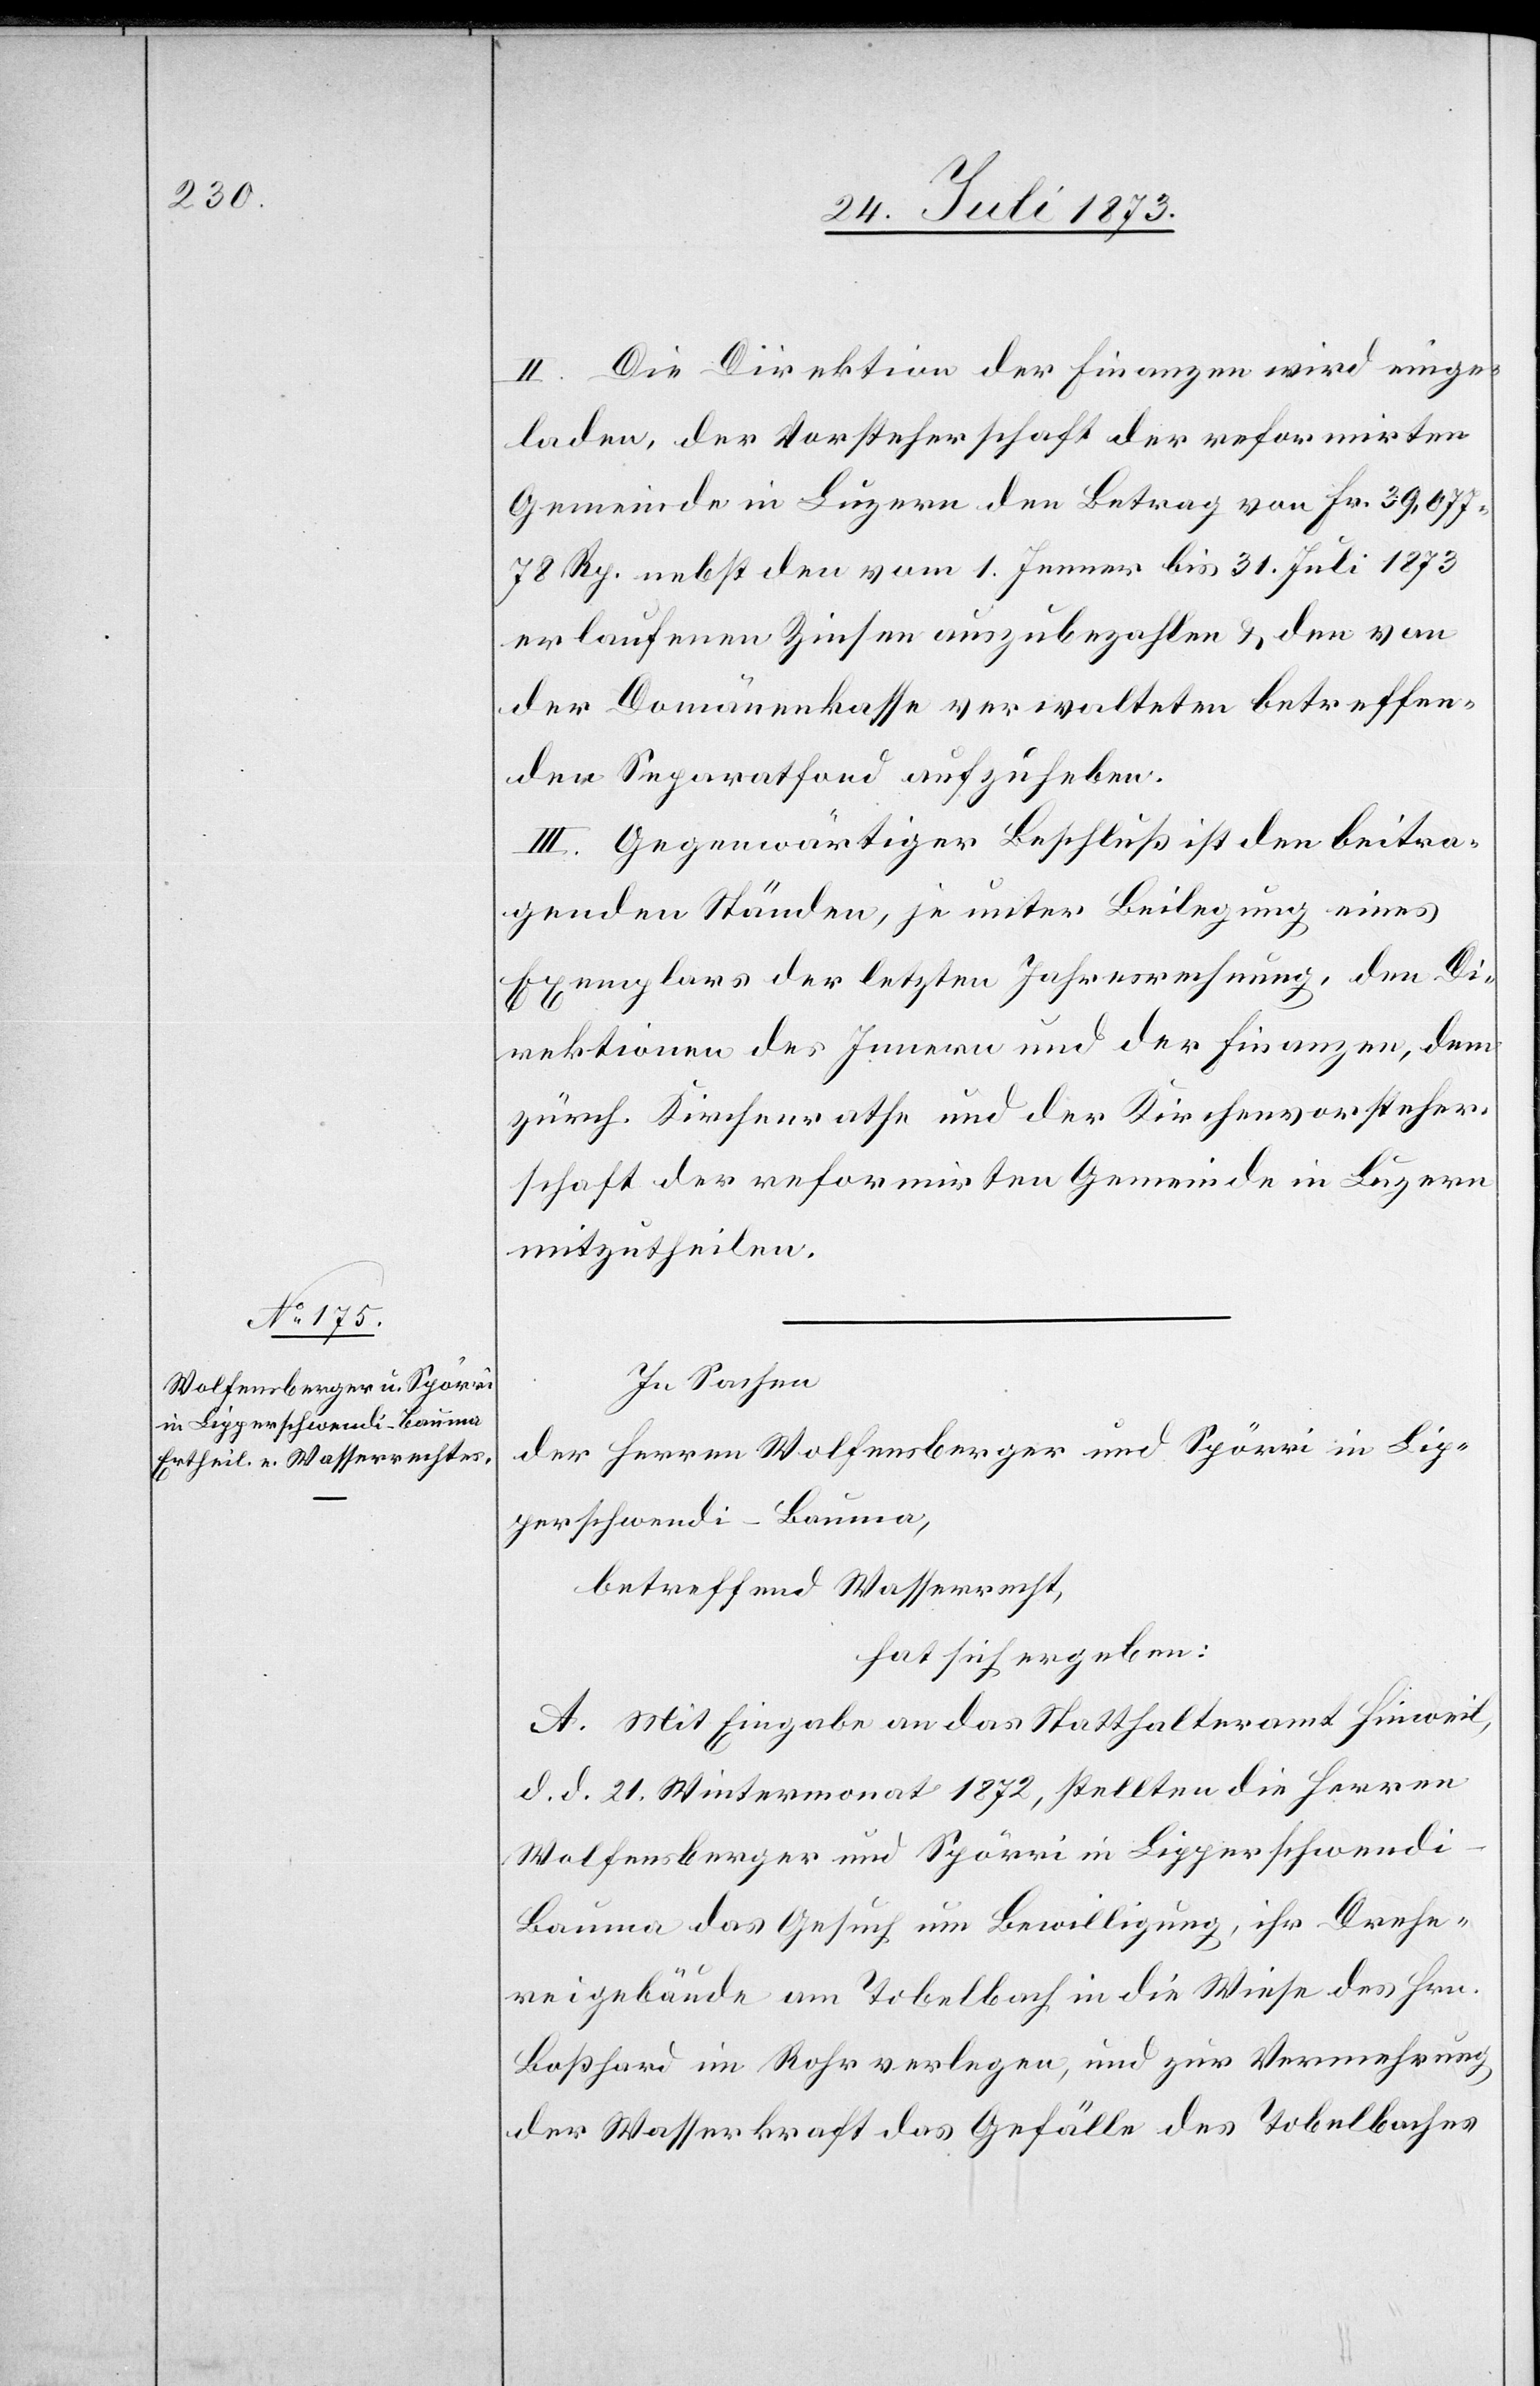
II. Die Direktion der Finanzen wird einge¬
laden, der Vorsteherschaft der reformirten
Gemeinde in Luzern den Betrag von Fr. 39,077
78 Rp. nebst den vom 1. Jenner bis 31. Juli 1873
erlaufenen Zinsen auszubezahlen & den von
der Domänenkasse verwalteten betreffen¬
den Separatfond aufzuheben.
III. Gegenwärtiger Beschluß ist den beitra¬
genden Ständen, je unter Beilegung eines
Exemplars der letzten Jahresrechnung, den Di¬
rektionen des Innern und der Finanzen, dem
zürch. Kirchenrathe und der Kirchenvorsteher¬
schaft der reformirten Gemeinde in Luzern
mitzutheilen.
In Sachen
der Herren Wolfensberger und Spörri in Lip¬
perschwendi-Bauma,
betreffend Wasserrecht,
hat sich ergeben:
A. Mit Eingabe an das Statthalteramt Hinweil,
d. d. 21. Wintermonat 1872, stellten die Herren
Wolfensberger und Spörri in Lipperschwendi-B¬
auma das Gesuch um Bewilligung, ihr Drehe¬
reigebäude am Tobelbach in die Wiese des Hrn.
Boßhard im Rohr verlegen, und zur Vermehrung
der Wasserkraft das Gefälle des Tobelbaches